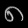
Digit: ၈